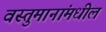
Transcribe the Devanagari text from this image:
वस्तुमानांमधील